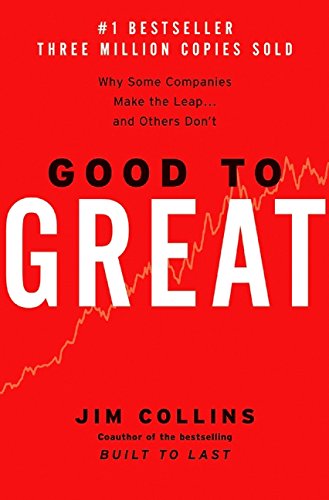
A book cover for Good to Great: Why Some Companies Make the Leap...And Others Don't; Jim Collins; Business & Money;